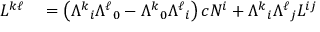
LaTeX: \begin{array} { r l } { L ^ { k \ell } } & { { } = \left( { \Lambda ^ { k } } _ { i } { \Lambda ^ { \ell } } _ { 0 } - { \Lambda ^ { k } } _ { 0 } { \Lambda ^ { \ell } } _ { i } \right) c N ^ { i } + { \Lambda ^ { k } } _ { i } { \Lambda ^ { \ell } } _ { j } L ^ { i j } } \end{array}